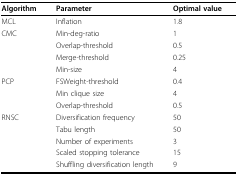
| Algorithm | Parameter | Optimal value |
 | --- | --- | --- |
 | MCL | Inflation | 1.8 |
 | CMC | Min-deg-ratio | 1 |
 |  | Overlap-threshold | 0.5 |
 |  | Merge-threshold | 0.25 |
 |  | Min-size | 4 |
 | PCP | FSWeight-threshold | 0.4 |
 |  | Min clique size | 4 |
 |  | Overlap-threshold | 0.5 |
 | RNSC | Diversification frequency | 50 |
 |  | Tabu length | 50 |
 |  | Number of experiments | 3 |
 |  | Scaled stopping tolerance | 15 |
 |  | Shuffling diversification length | 9 |